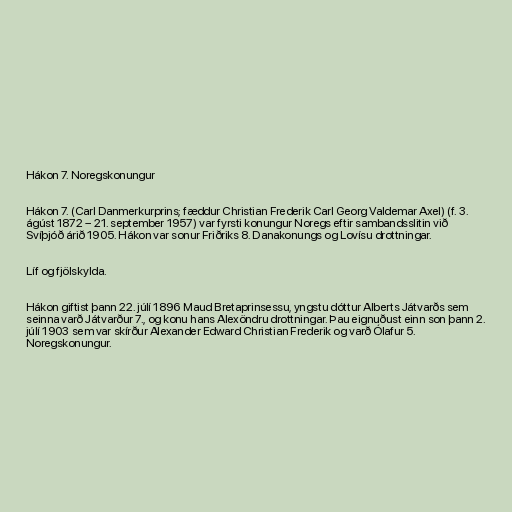
Hákon 7. Noregskonungur

Hákon 7. (Carl Danmerkurprins; fæddur Christian Frederik Carl Georg Valdemar Axel) (f. 3.
ágúst 1872 – 21. september 1957) var fyrsti konungur Noregs eftir sambandsslitin við
Svíþjóð árið 1905. Hákon var sonur Friðriks 8. Danakonungs og Lovísu drottningar.

Líf og fjölskylda.

Hákon giftist þann 22. júlí 1896 Maud Bretaprinsessu, yngstu dóttur Alberts Játvarðs sem
seinna varð Játvarður 7., og konu hans Alexöndru drottningar. Þau eignuðust einn son þann 2.
júlí 1903 sem var skírður Alexander Edward Christian Frederik og varð Ólafur 5.
Noregskonungur.